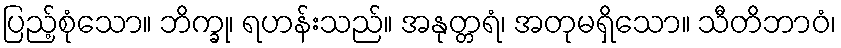
ပြည့်စုံသော။ ဘိက္ခု၊ ရဟန်းသည်။ အနုတ္တရံ၊ အတုမရှိသော။ သီတိဘာဝံ၊